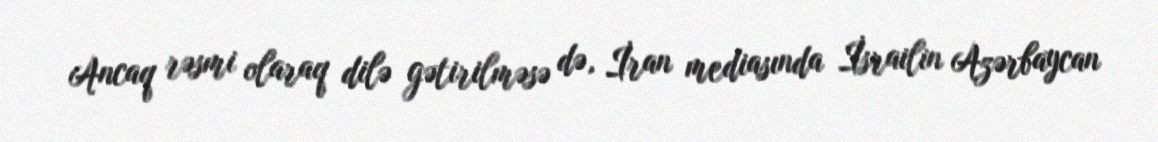
Ancaq rəsmi olaraq dilə gətirilməsə də, İran mediasında İsrailin Azərbaycan